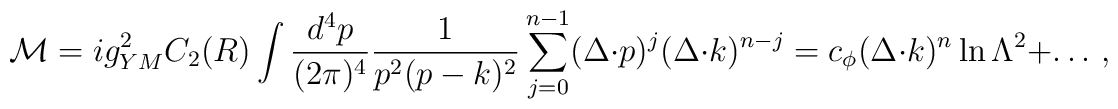
{\cal M} = i g_{YM}^2 C_2(R) \int {d^4 p \over (2\pi)^4}     {1 \over p^2 (p-k)^2} \sum_{j=0}^{n-1} (\Delta \cdot p)^j    (\Delta \cdot k)^{n-j} = c_\phi (\Delta \cdot k)^n     \ln\Lambda^2 + \ldots \,,